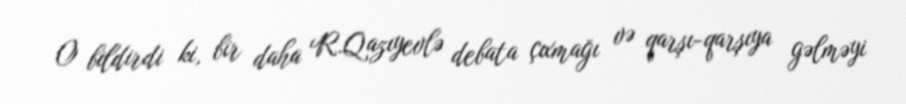
O bildirdi ki, bir daha R.Qazıyevlə debata çıxmağı və qarşı-qarşıya gəlməyi